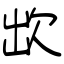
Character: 欪